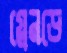
গ্লেনডে